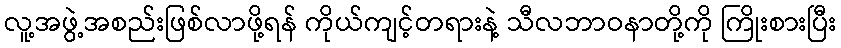
လူ့အဖွဲ့အစည်းဖြစ်လာဖို့ရန် ကိုယ်ကျင့်တရားနဲ့ သီလဘာဝနာတို့ကို ကြိုးစားပြီး